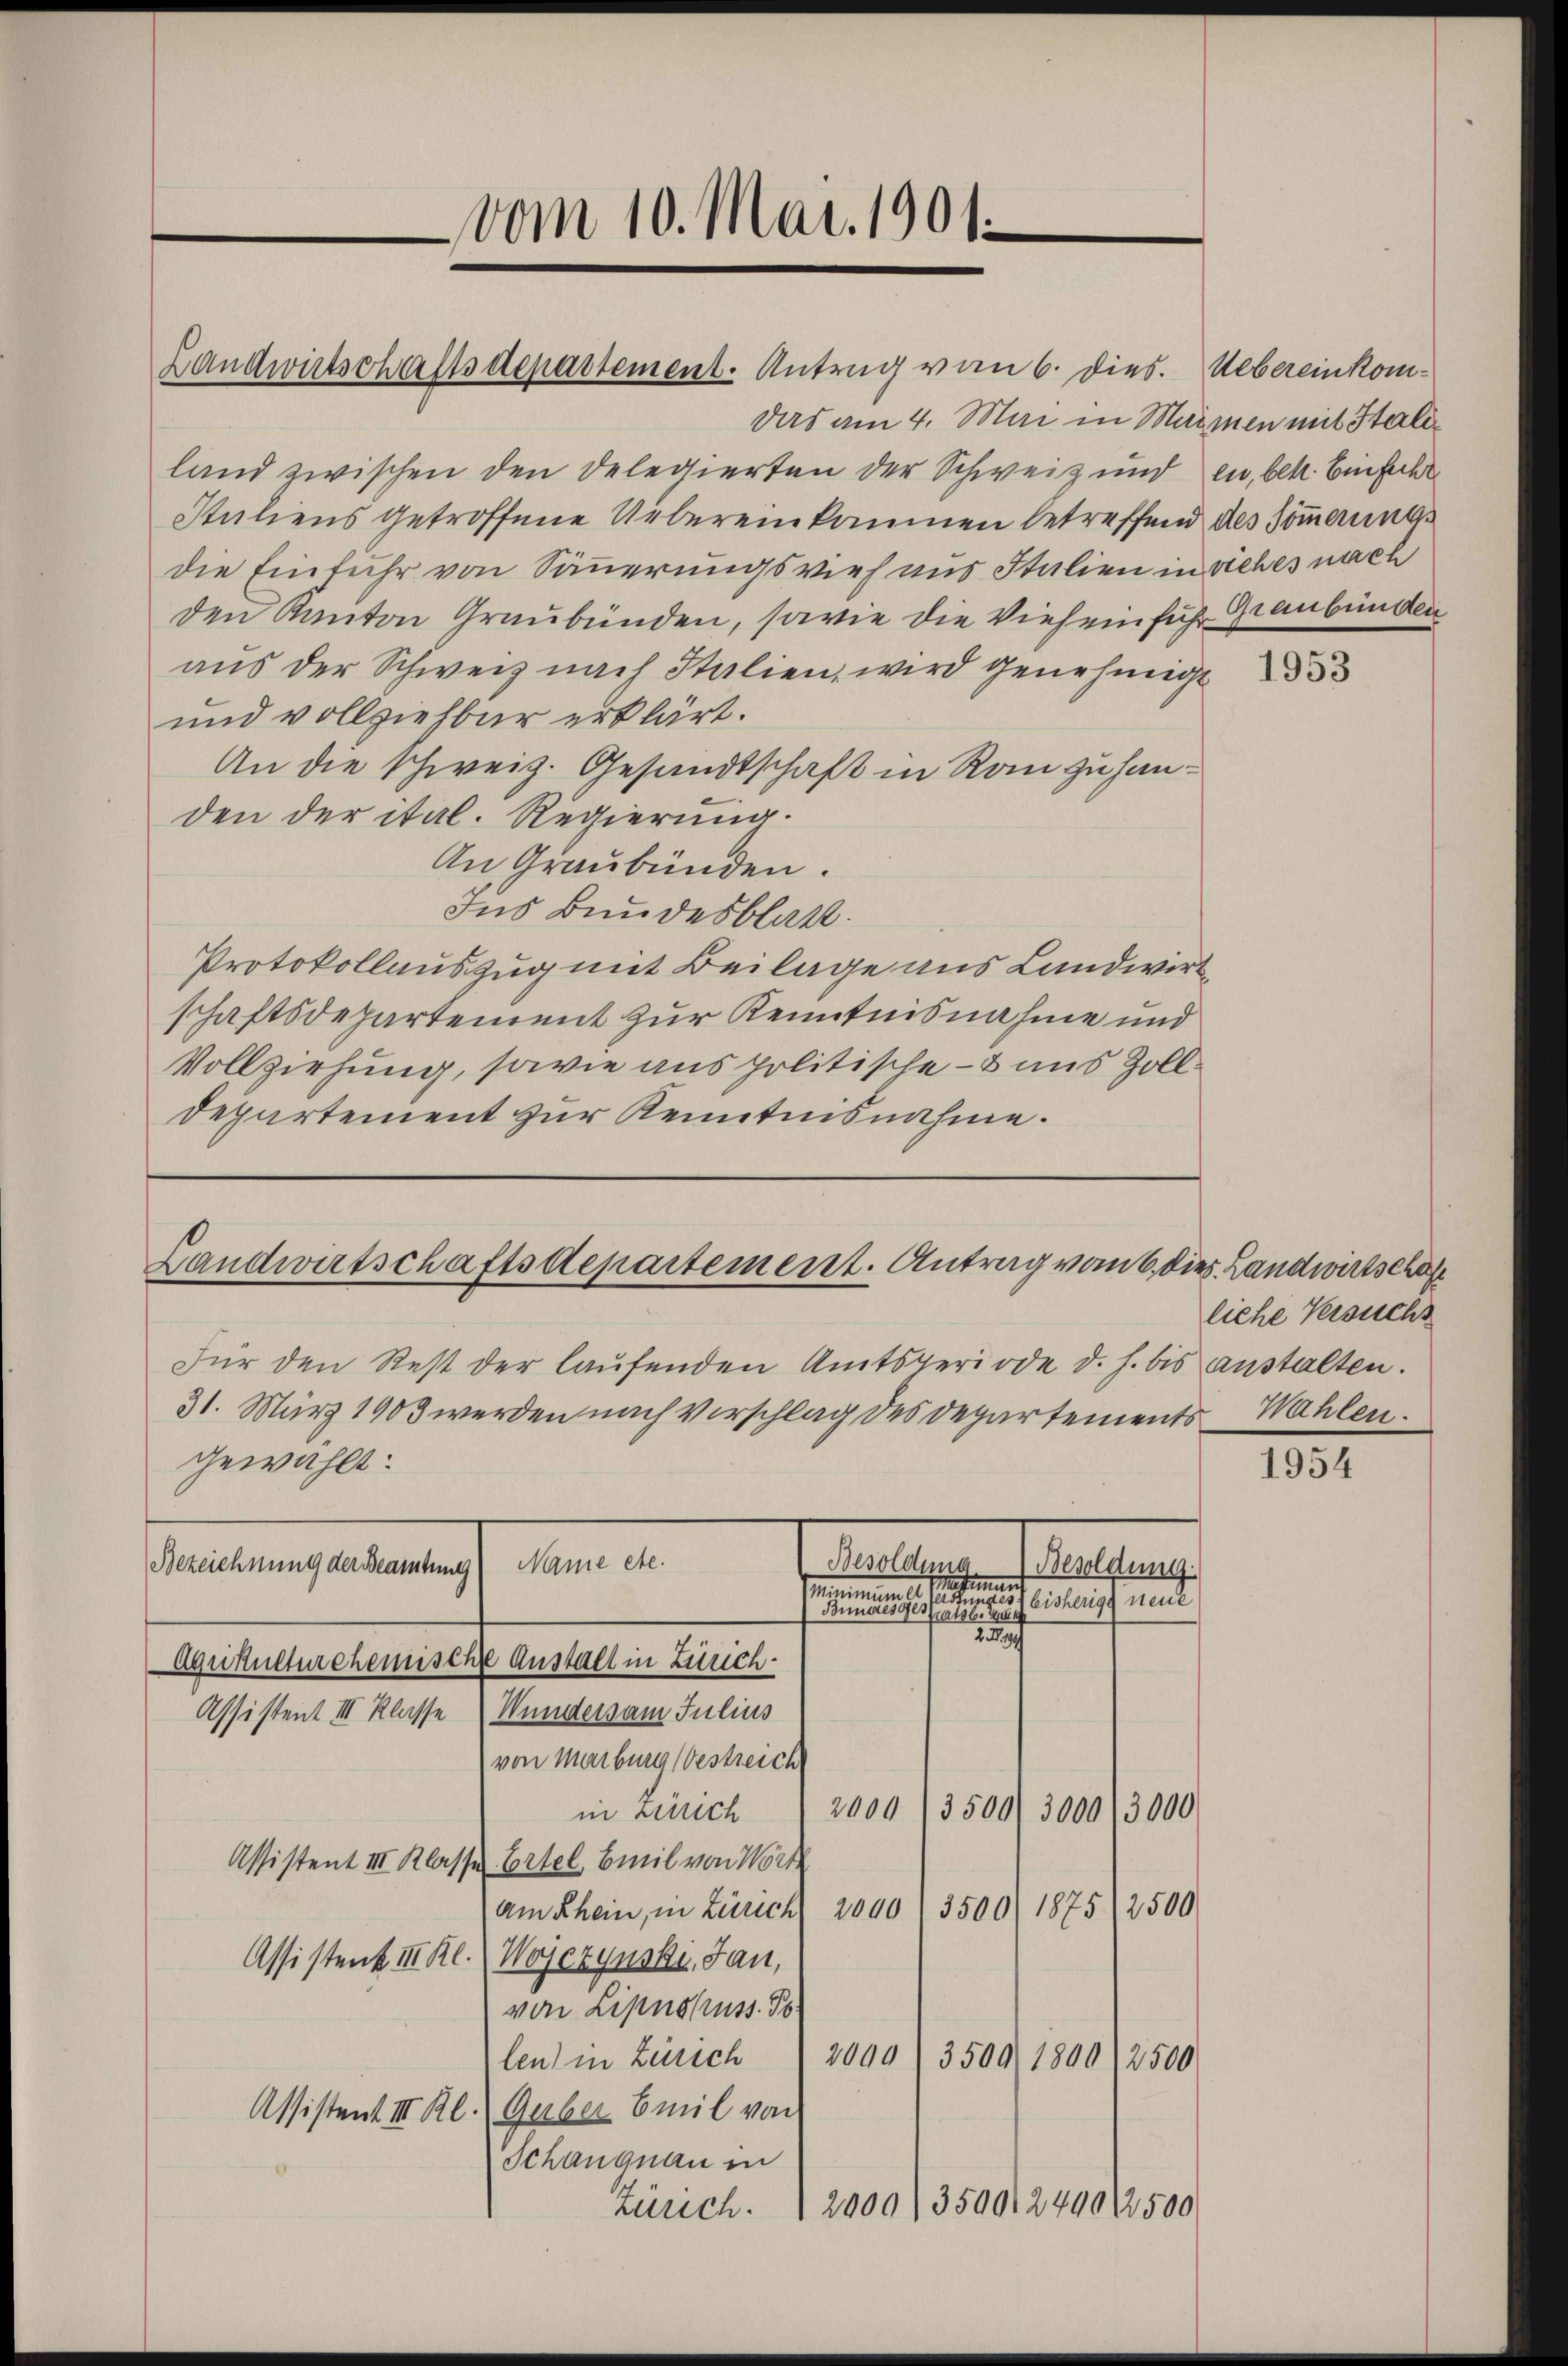
Landwirtschaftsdepartement-Antrag vom 6. dies. Uebereinkom¬

das am 4. Mai in Marmen mit Italiland zwischen den Delegierten der Schweiz und en, bek. Einfache
Stuliens getroffene Uebereinkommen betreffend des Sommerungs
die Einfuhr von Sännerungsvieh aus Italien in siches nach
den Kanton Graubünden, sowie die Vieheinführ Graubünden
aus der Schweiz nach Stalien, wird genehmigt
und vollziehbar erklärt.
An die Schweiz. Gesandtschaft in Rain zu handen der ital. Regierung.
An Graubünden.
Ins Bundesblatt.
Protokollauszug mit Beilage aus Landwirtschaftsdepartement zur Kenntnisnahme und
Vollziehung, sowie aus politische – & uns Zoll¬
Departement zur Kenntnisnahme.

Landwirtschaftsdepartement. Antrag vom 6. dies. Landwirtschaf

vom 10. Mai 1901.

Name etc.
Besoldung
atian

Für den Rest der laufenden Amtsperiode d. h. bis anstalten.
31. März 1903 werden nach Vorschlag des Departements Wahlen.
gewählt:
Bezeichnung der Beamtung
Besoldung.
Mammann
ee eine einer bisherige neue
ee einen einer gegen eine eine
29
Aqukultur chemische Anstalt in Zürich¬
Assistent III Klasse Wundersam Julius
von Marburg (bestreich
2000/3500/3000
3000
in Zürich
Assistent III Klasse Ertel beil von Wort
am Rhein, in Zürich 2000 (3500) 187512500
Assistenk III Kl. Wogezynski, Jan,
von Lipnsfuss. So
len) in Zürich 2000
3500. 1800
12500
Assistent III. Kl. Guber Emil von
Schangnau in
Zürich. 12000) 35001249012500

1953

liche Versuchs

1954